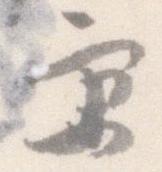
京